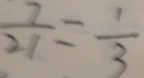
\frac { 7 } { 2 1 } = \frac { 1 } { 3 }